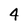
Character: 4